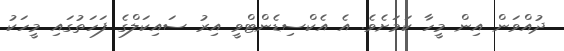
ދުއްވަން އިން މީހާ ކަމަށެވެ. އެ އެކްސިޑެންޓްވީ އިރު ސައިކަލްގެ ފަހަތުގައި މީހަކު